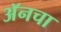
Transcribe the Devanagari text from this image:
अॅनचा